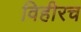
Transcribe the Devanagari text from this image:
विहीरच